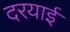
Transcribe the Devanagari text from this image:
दरयाई